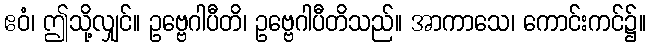
ဧဝံ၊ ဤသို့လျှင်။ ဥဗ္ဗေဂါပီတိ၊ ဥဗ္ဗေဂါပီတိသည်။ အာကာသေ၊ ကောင်းကင်၌။